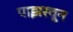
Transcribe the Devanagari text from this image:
पाझरवून